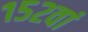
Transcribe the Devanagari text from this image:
१५२वां